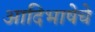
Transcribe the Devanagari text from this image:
आदिभाषेचे